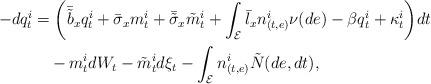
LaTeX: \begin{align*}\begin{aligned}-dq^i_t&=\bigg(\bar{\tilde{b}}_x q^i_t+\bar{\sigma}_x m^i_t+\bar{\tilde{\sigma}}_x \tilde{m}^i_t+\int_{\mathcal{E}}\bar{l}_x n^i_{(t,e)}\nu(de)-\beta q^i_t+\kappa^i_t\bigg)dt\\&\quad-m^i_tdW_t-\tilde{m}^i_td\xi_t-\int_{\mathcal{E}}n^i_{(t,e)}\tilde{N}(de,dt),\\\end{aligned}\end{align*}